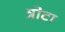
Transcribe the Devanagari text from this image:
त्रोटा